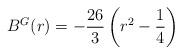
LaTeX: \begin{align*}B^{G} (r) = - \frac{26}{3} \left ( r^{2} - \frac{1}{4} \right )\end{align*}